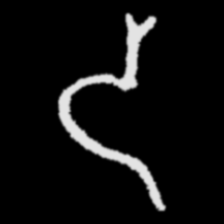
Pyu character \u2014 Myanmar letter: ဒ (romanized: da)